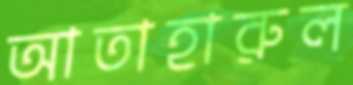
আতাহারুল